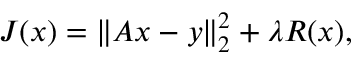
J ( x ) = \| A x - y \| _ { 2 } ^ { 2 } + \lambda R ( x ) ,